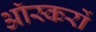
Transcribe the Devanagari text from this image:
ऑस्करों